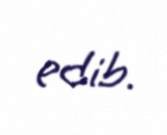
edib.